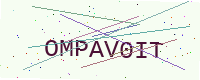
Text: OMPAV0IT